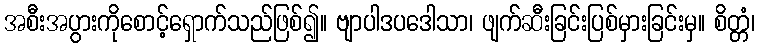
အစီးအပွားကိုစောင့်ရှောက်သည်ဖြစ်၍။ ဗျာပါဒပဒေါသာ၊ ဖျက်ဆီးခြင်းပြစ်မှားခြင်းမှ။ စိတ္တံ၊